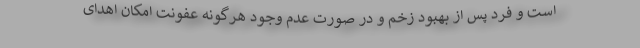
است و فرد پس از بهبود زخم و در صورت عدم وجود هرگونه عفونت امکان اهدای